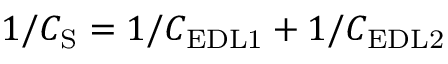
1 / C _ { \mathrm { S } } = 1 / C _ { \mathrm { E D L 1 } } + 1 / C _ { \mathrm { E D L 2 } }